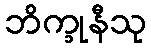
ဘိက္ခုနီသု